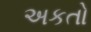
અકતો